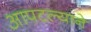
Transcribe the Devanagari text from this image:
आपटल्याने